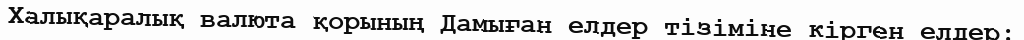
Халықаралық валюта қорының Дамыған елдер тізіміне кірген елдер: